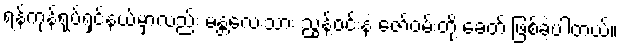
ရန်ကုန်ရုပ်ရှင်နယ်မှာလည်း မန္တလေးသား ညွန့်ဝင်းနဲ့ ဇော်ဝမ်းတို့ ခေတ် ဖြစ်ခဲ့ပါတယ်။